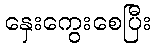
နှေးကွေးစေပြီး